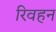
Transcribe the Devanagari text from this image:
रिवहन